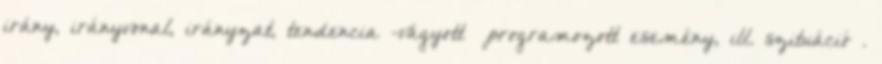
irány, irányvonal, irányzat, tendencia -vágyott programozott esemény, ill. szituáció .